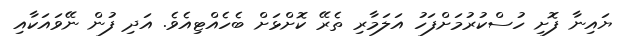
ޔައިނާ ފޮށި ހުސްކުރުމަށްފަހު އަލަމާރި ތެރޭ ކޮށްޅަށް ބެހެއްޓިއެވެ. އަދި ފުން ނޭވައަކާއި